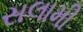
સલામી